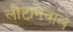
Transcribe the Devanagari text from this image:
लौटानेवाले